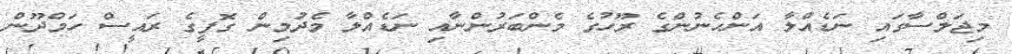
މިޖަލްސާގައި ނަޑެއްލާ އަންހެނުންގެ ރޫހުގެ މެންބަރުންނާއި ނަޑެއްލާ މެދުމިން ގޮފީގެ ރައީސް ހަމްދޫން